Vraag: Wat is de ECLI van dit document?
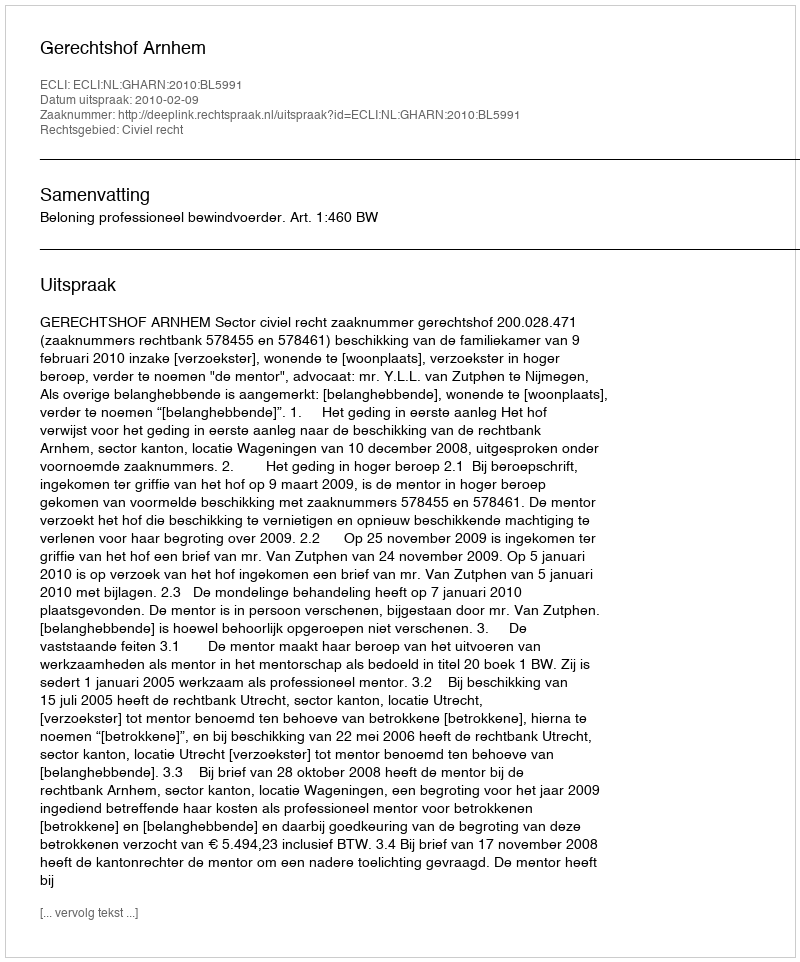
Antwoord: ECLI:NL:GHARN:2010:BL5991